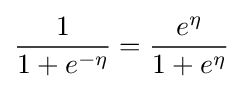
{\frac {1}{1+e^{-\eta }}}={\frac {e^{\eta }}{1+e^{\eta }}}